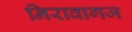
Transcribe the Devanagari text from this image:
निरावागज